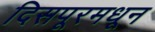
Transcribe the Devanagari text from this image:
दिसपूरमधून